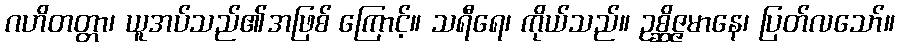
ဂဟိတတ္တာ၊ ယူအပ်သည်၏အဖြစ် ကြောင့်။ သရီရေ၊ ကိုယ်သည်။ ဥစ္ဆိဇ္ဇမာနေ၊ ပြတ်လသော်။